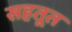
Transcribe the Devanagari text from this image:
सहतूत